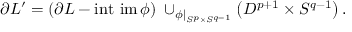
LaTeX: \partial L ^ { \prime } = ( \partial L - \operatorname { i n t ~ i m } \phi ) \; \cup _ { \phi | _ { S ^ { p } \times S ^ { q - 1 } } } \left( D ^ { p + 1 } \times S ^ { q - 1 } \right) .